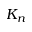
K _ { n }